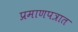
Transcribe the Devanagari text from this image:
प्रमाणपत्रात